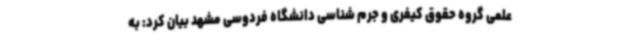
علمی گروه حقوق کیفری و جرم شناسی دانشگاه فردوسی مشهد بیان کرد: به